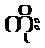
ကိုး